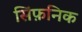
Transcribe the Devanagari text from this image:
सिंफ़निक